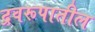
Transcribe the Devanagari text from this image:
द्रवरूपातील